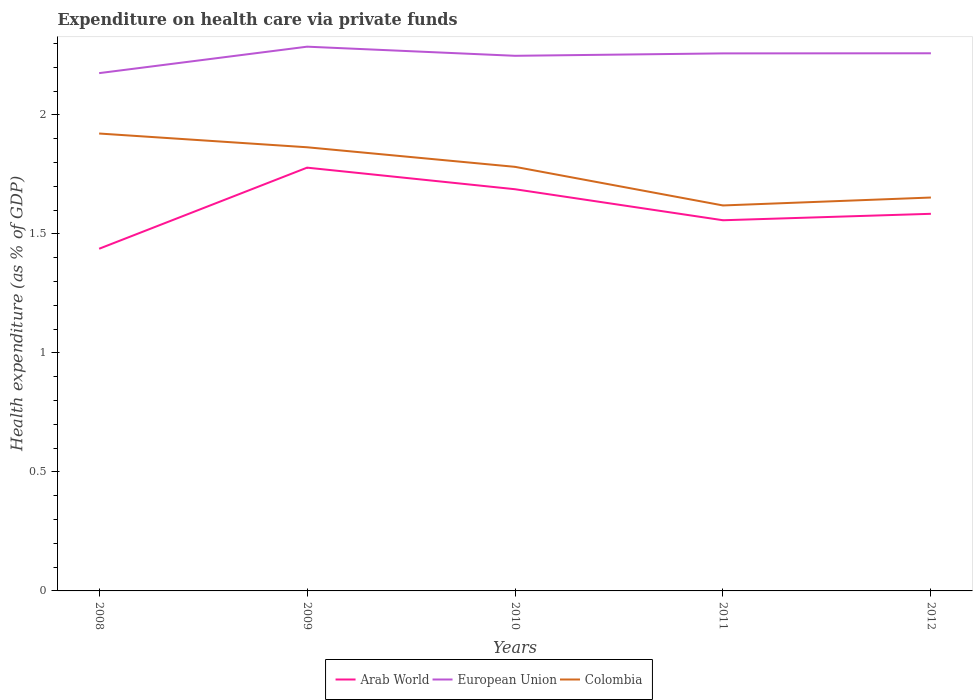
| Years | Arab World | European Union | Colombia |
 | --- | --- | --- | --- |
 | 2008 | 1.44 | 2.18 | 1.92 |
 | 2009 | 1.78 | 2.29 | 1.86 |
 | 2010 | 1.69 | 2.25 | 1.78 |
 | 2011 | 1.56 | 2.26 | 1.62 |
 | 2012 | 1.58 | 2.26 | 1.65 |